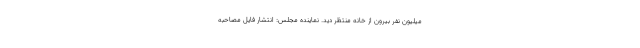
میلیون نفر بیرون از خانه منتظر دید. نماینده مجلس: انتشار فایل مصاحبه